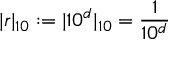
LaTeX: | r | _ { 1 0 } : = | 1 0 ^ { d } | _ { 1 0 } = { \frac { 1 } { 1 0 ^ { d } } }